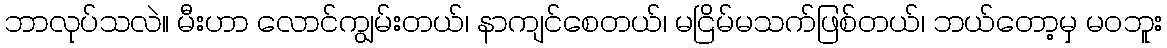
ဘာလုပ်သလဲ။ မီးဟာ လောင်ကျွမ်းတယ်၊ နာကျင်စေတယ်၊ မငြိမ်မသက်ဖြစ်တယ်၊ ဘယ်တော့မှ မဝဘူး